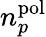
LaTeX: n_{p}^{\mathrm{pol}}